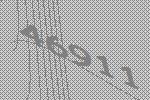
46911